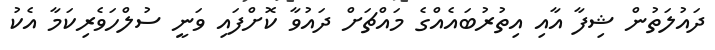
ދައުލަތުން ޝިފާ އާއި އިތުރުބައެއްގެ މައްޗަށް ދައުވާ ކޮށްފައި ވަނީ ސުލްހަވެރިކަމާ އެކު